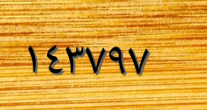
١٤٣٧٩٧